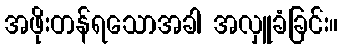
အဖိုးတန်ရသောအခါ အလှူခံခြင်း။